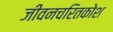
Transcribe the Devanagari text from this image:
जीवनचरितकोश